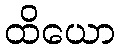
ထိယော